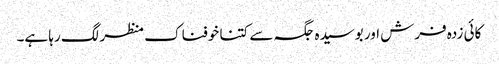
کائی زدہ فرش اور بوسیدہ جگہ سے کتنا خوفناک منظر لگ رہا ہے۔